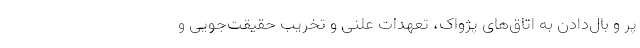
پر و بال‌دادن به اتاق‌های پژواک، تعهدات علنی و تخریب حقیقت‌جویی و